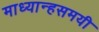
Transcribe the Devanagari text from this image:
माध्यान्हसमयी